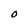
Character: 0